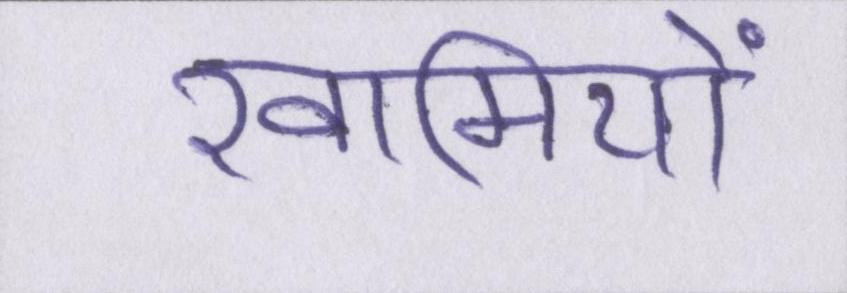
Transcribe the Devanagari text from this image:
खामियों